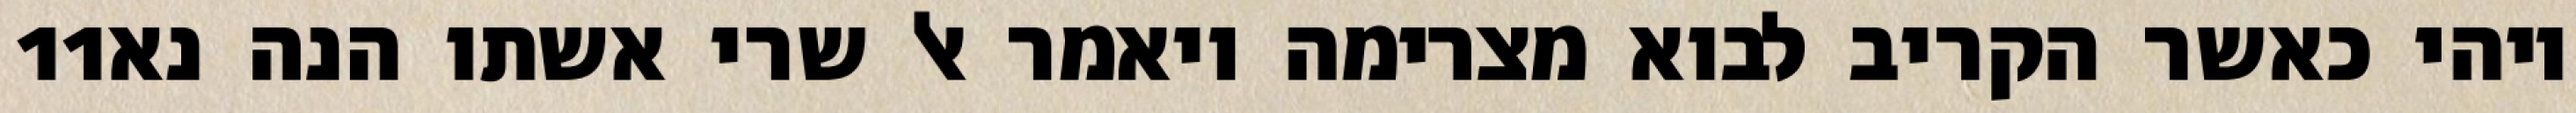
‎11‏ ויהי כאשר הקריב לבוא מצרימה ויאמר אל שרי אשתו הנה נא